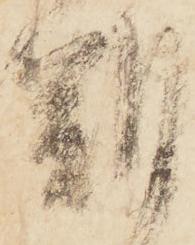
朔